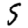
Digit: 5